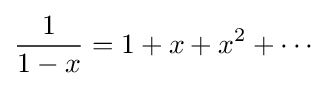
{\frac {1}{1-x}}=1+x+x^{2}+\cdots